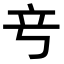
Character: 𬔖